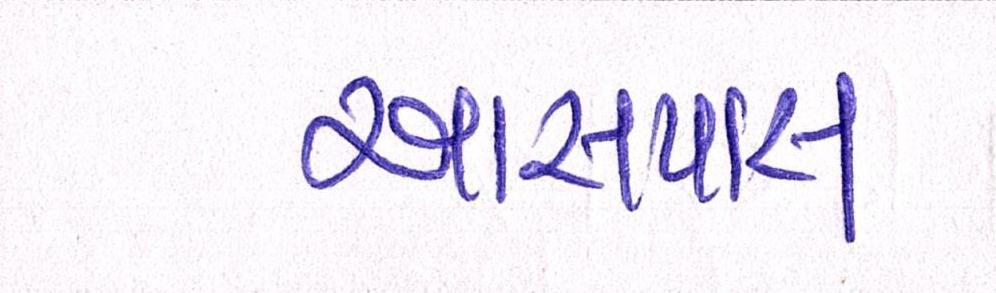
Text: આસપાસ